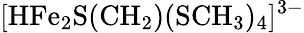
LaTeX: \mathrm{[HFe_{2}S(CH_{2})(SCH_{3})_{4}]^{3-}}